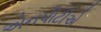
એનપીટીએ